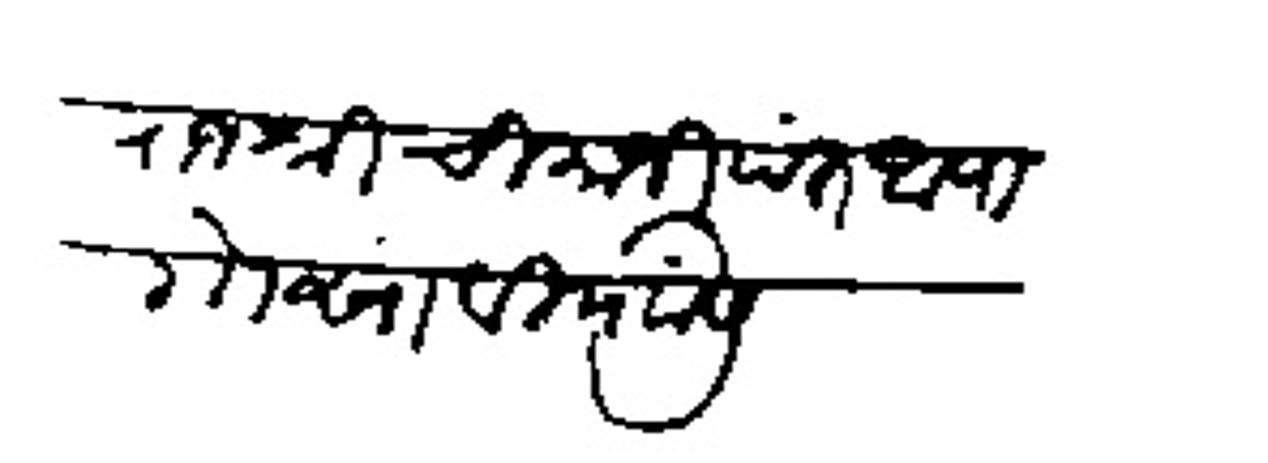
Transliteration (Devanagari): राजश्री चिमाजीपंत आपा गोसावी यांसी